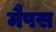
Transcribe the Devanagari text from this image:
मैपस